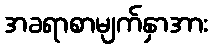
အခရာစာမျက်နှာအား